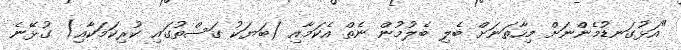
"އަޅުގަނޑުމެންނަށް މިހާތަަނަށް ބެލި ބެލުމުން ނެތް އެކަމާއި (ބަޔަކު ގަސްތުގައި ކުރިކަމަކާއި) ގުޅޭނެ